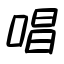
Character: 唱